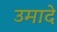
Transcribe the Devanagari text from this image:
उमादे